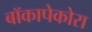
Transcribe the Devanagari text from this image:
बॉकापेकोरा